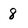
Character: 8